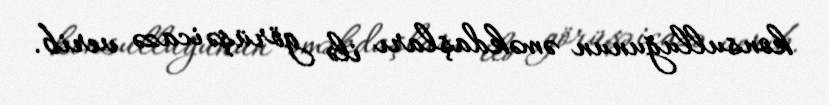
konsulluğunun əməkdaşları ilə görüşə icazə verib.